Indian journal of veterinary science and animal husbandry - Volumes 24-25, 1954-1955
Year: 1954
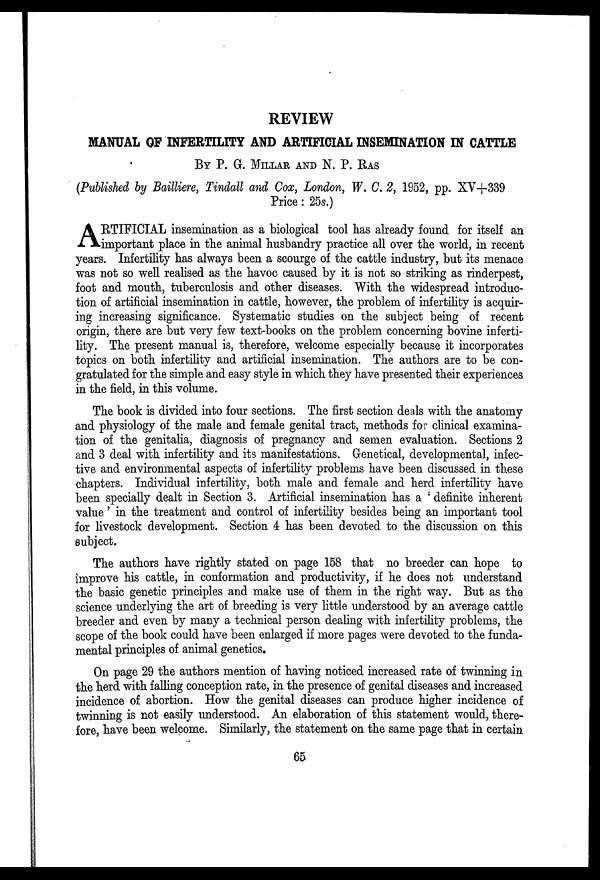
REVIEW
MANUAL OF INFERTILITY AND ARTIFICIAL INSEMINATION IN CATTLE
BY P. G. MILLAR AND N. P. RAS
(Published by Bailliere, Tindall and Cox, London, W. C. 2, 1952, pp. XV+339
Price: 25s.)
A RTIFICIAL insemination as a biological tool has already found for itself an
important place in the animal husbandry practice all over the world, in recent
years. Infertility has always been a scourge of the cattle industry, but its menace
was not so well realised as the havoc caused by it is not so striking as rinderpest,
foot and mouth, tuberculosis and other diseases. With the widespread introduc-
tion of artificial insemination in cattle, however, the problem of infertility is acquir-
ing increasing significance. Systematic studies on the subject being of recent
origin, there are but very few text-books on the problem concerning bovine inferti-
lity. The present manual is, therefore, welcome especially because it incorporates
topics on both infertility and artificial insemination. The authors are to be con-
gratulated for the simple and easy style in which they have presented their experiences
in the field, in this volume.
The book is divided into four sections. The first section deals with the anatomy
and physiology of the male and female genital tract, methods for clinical examina-
tion of the genitalia, diagnosis of pregnancy and semen evaluation. Sections 2
and 3 deal with infertility and its manifestations. Genetical, developmental, infec-
tive and environmental aspects of infertility problems have been discussed in these
chapters. Individual infertility, both male and female and herd infertility have
been specially dealt in Section 3. Artificial insemination has a 'definite inherent
value' in the treatment and control of infertility besides being an important tool
for livestock development. Section 4 has been devoted to the discussion on this
subject.
The authors have rightly stated on page 158 that no breeder can hope to
improve his cattle, in conformation and productivity, if he does not understand
the basic genetic principles and make use of them in the right way. But as the
science underlying the art of breeding is very little understood by an average cattle
breeder and even by many a technical person dealing with infertility problems, the
scope of the book could have been enlarged if more pages were devoted to the funda-
mental principles of animal genetics.
On page 29 the authors mention of having noticed increased rate of twinning in
the herd with falling conception rate, in the presence of genital diseases and increased
incidence of abortion. How the genital diseases can produce higher incidence of
twinning is not easily understood. An elaboration of this statement would, there-
fore, have been welcome. Similarly, the statement on the same page that in certain
65